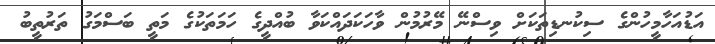
އަޑުއަހާމީހުންގެ ސިކުނޑިތަކަށް ވިސްނޭ މޭރުމުން ވާހަކަދައްކަވާ ބުއްދީގެ ހަމަތަކުގެ މަތީ ބަސްމަގު ތަރުތީބު